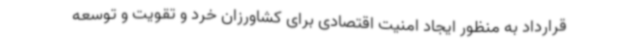
قرارداد به منظور ایجاد امنیت اقتصادی برای کشاورزان خرد و تقویت و توسعه